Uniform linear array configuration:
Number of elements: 32
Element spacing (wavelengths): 0.75
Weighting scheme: cosine
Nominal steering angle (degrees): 30
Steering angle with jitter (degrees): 30.721
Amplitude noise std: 0.05
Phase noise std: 0.05

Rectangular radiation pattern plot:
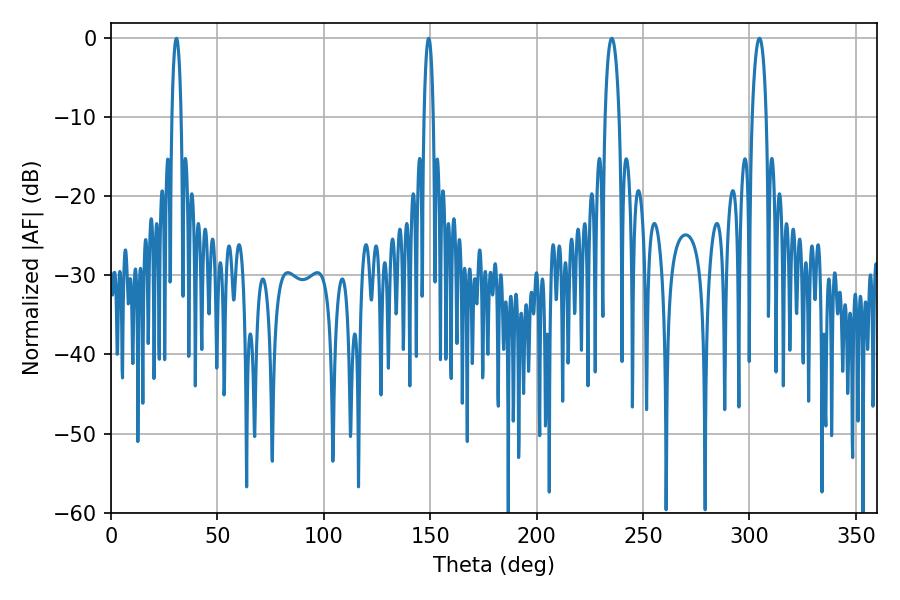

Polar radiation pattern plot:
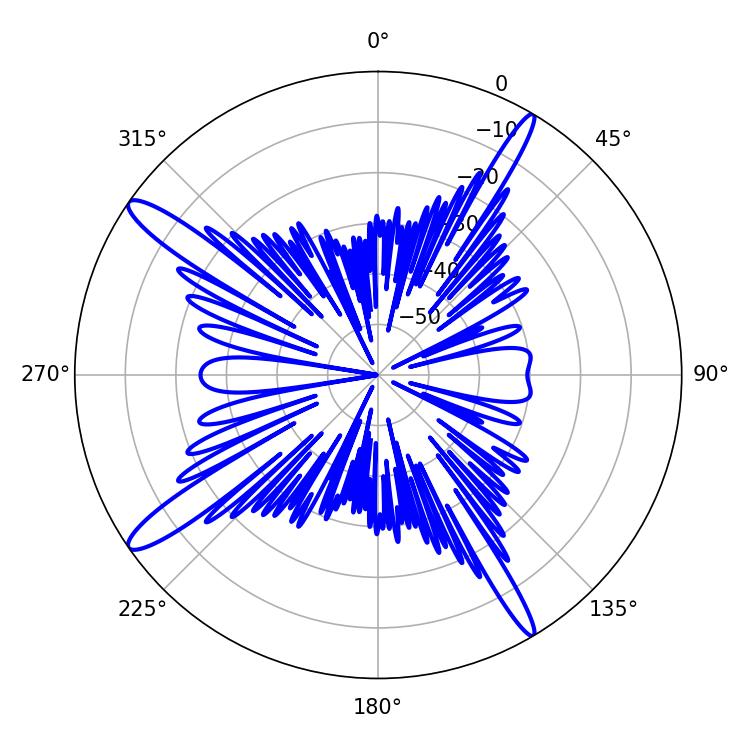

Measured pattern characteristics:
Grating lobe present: TRUE
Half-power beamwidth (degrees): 3.78
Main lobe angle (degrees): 235.26